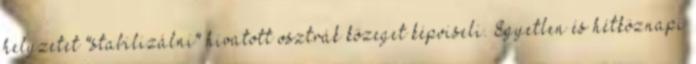
helyzetet "stabilizálni" hivatott osztrák közeget képviseli. Egyetlen és hétköznapi